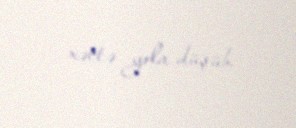
xəttə yola düşüb.